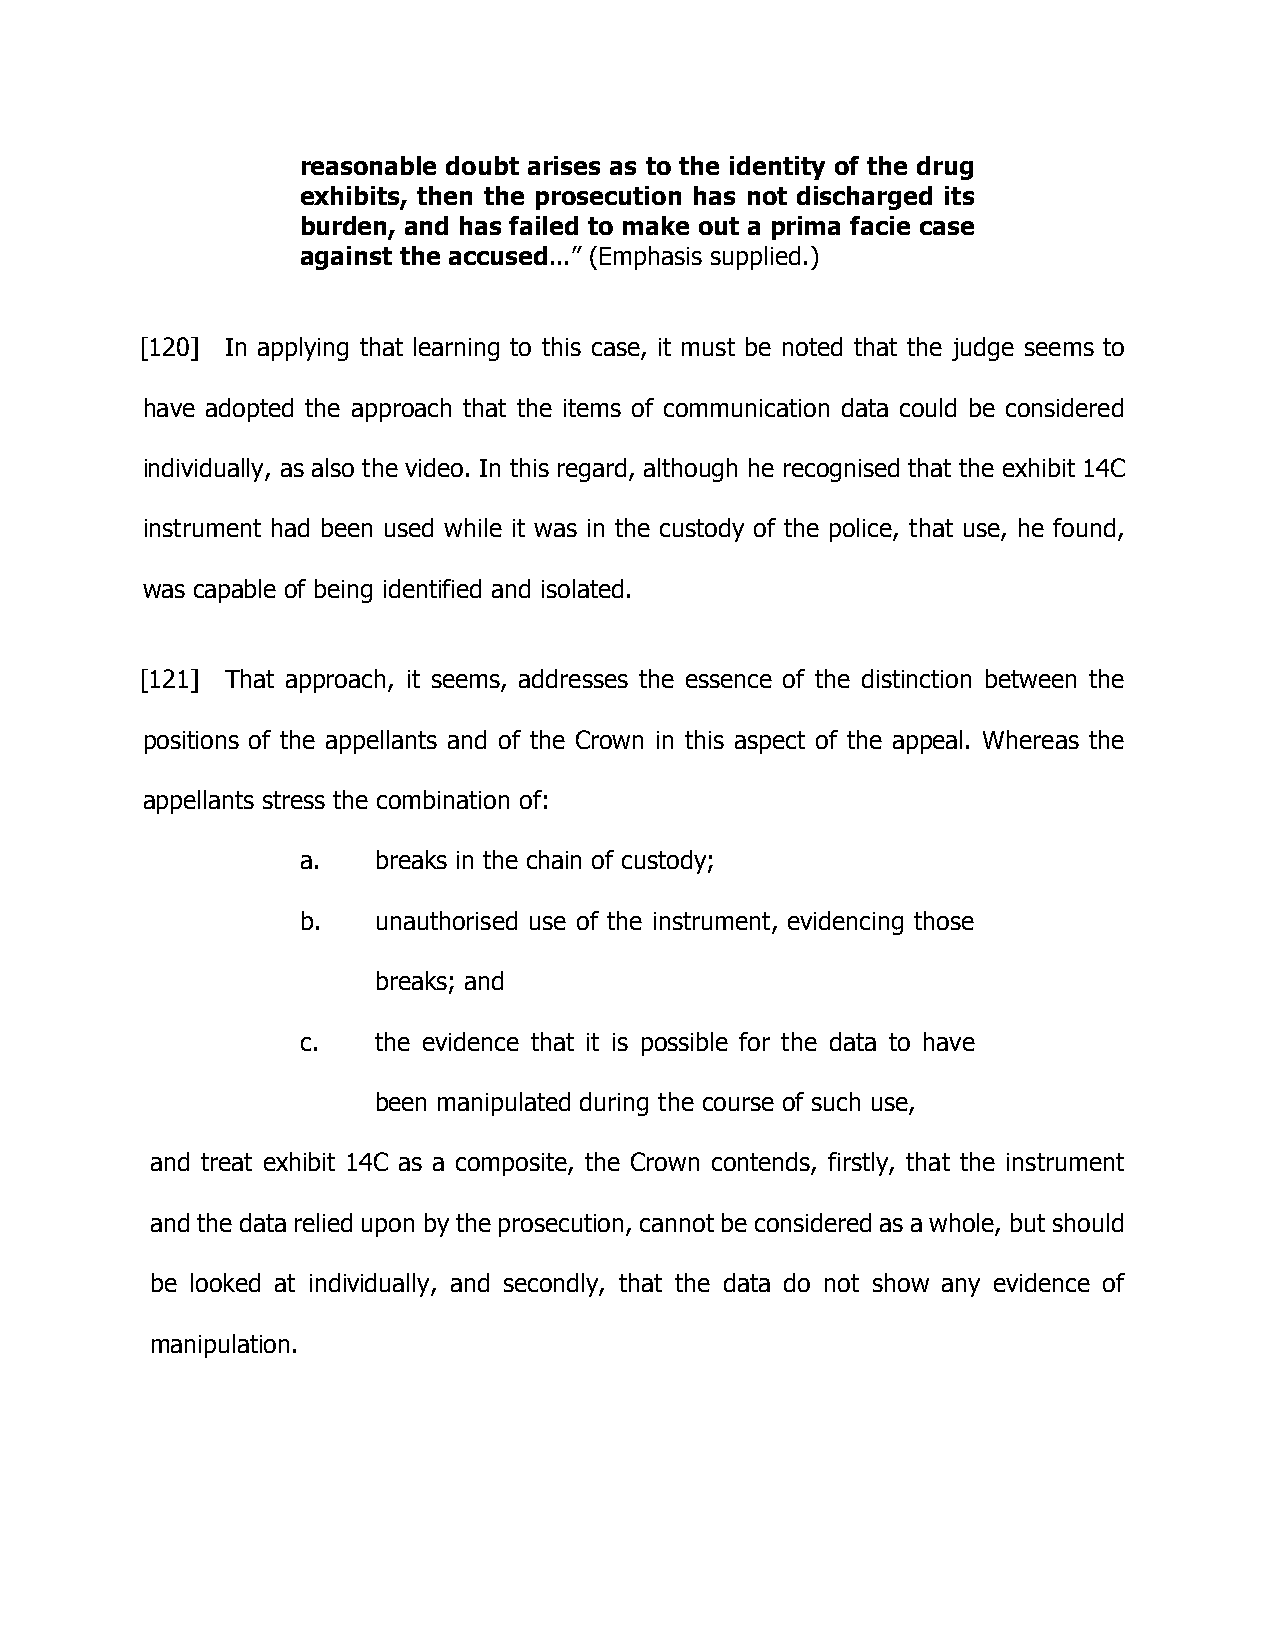
reasonable doubt arises as to the identity of the drug
 exhibits, then the prosecution has not discharged its
 burden, and has failed to make out a prima facie case
 against the accused...” (Emphasis supplied.)
 [120] In applying that learning to this case, it must be noted that the judge seems to
 have adopted the approach that the items of communication data could be considered
 individually, as also the video. In this regard, although he recognised that the exhibit 14C
 instrument had been used while it was in the custody of the police, that use, he found,
 was capable of being identified and isolated.
 [121] That approach, it seems, addresses the essence of the distinction between the
 positions of the appellants and of the Crown in this aspect of the appeal. Whereas the
 appellants stress the combination of:
 a.   breaks in the chain of custody;
 b.   unauthorised use of the instrument, evidencing those
 breaks; and
 c.   the evidence that it is possible for the data to have
 been manipulated during the course of such use,
 and treat exhibit 14C as a composite, the Crown contends, firstly, that the instrument
 and the data relied upon by the prosecution, cannot be considered as a whole, but should
 be looked at individually, and secondly, that the data do not show any evidence of
 manipulation.